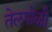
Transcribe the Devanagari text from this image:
तेलपोळी